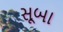
સૂબા